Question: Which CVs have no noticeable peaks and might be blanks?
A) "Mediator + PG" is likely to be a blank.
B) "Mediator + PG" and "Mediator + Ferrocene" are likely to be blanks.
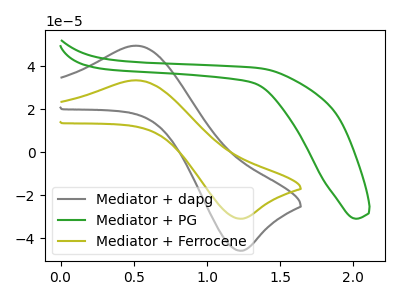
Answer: <think>The gray curve "Mediator + dapg" has an anodic peak at (0.50V, 49.60uA) and a cathodic peak at (1.25V, -45.85uA). The green curve "Mediator + PG" has no peaks. The olive curve "Mediator + Ferrocene" has an anodic peak at (0.50V, 33.50uA) and a cathodic peak at (1.25V, -30.95uA).</think>
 <answer>A) "Mediator + PG" is likely to be a blank.</answer>
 <eval>A</eval>